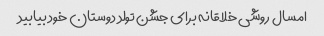
امسال روشی خلاقانه برای جشن تولد دوستان خود بیابید